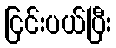
ငြင်းပယ်ပြီး